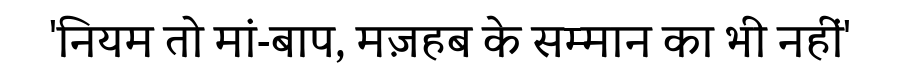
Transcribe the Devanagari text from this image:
'नियम तो मां-बाप, मज़हब के सम्मान का भी नहीं'